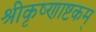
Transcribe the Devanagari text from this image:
श्रीकृष्णाष्टकम्‌